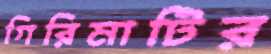
গিরিমাটির